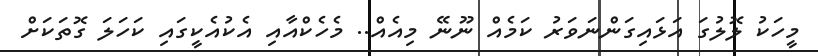
މީހަކު ލޮލުގަ އަޅައިގަންނަވަރު ކަމެއް ނޫނޭ މިއެއް.. މެހެކްއާއި އެކުއެކީގައި ކަހަލަ ގޮތަކަށް